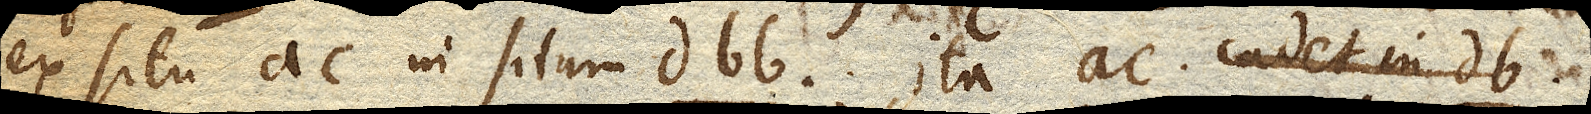
ex situ ac in situm d bb db ita ac